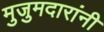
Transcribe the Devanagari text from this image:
मुजुमदारांनी